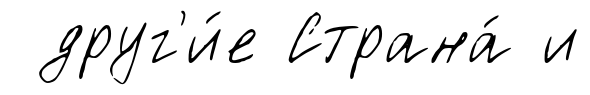
друг'и́е Страна́ и